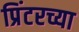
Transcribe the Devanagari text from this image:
प्रिंटरच्या